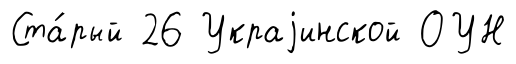
Ста́рый 26 Украjинской ОУН